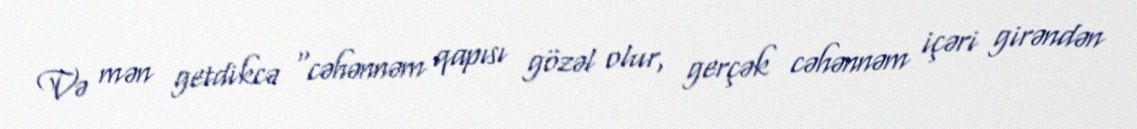
Və mən getdikcə “cəhənnəm qapısı gözəl olur, gerçək cəhənnəm içəri girəndən